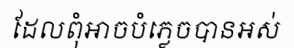
ដែលពុំអាចបំភ្លេចបានអស់